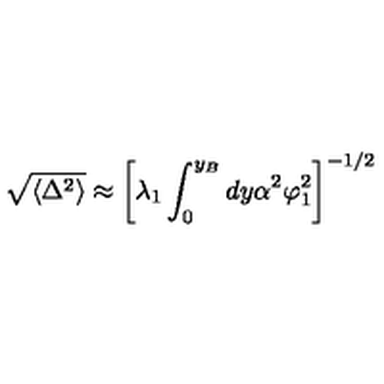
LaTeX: \sqrt { \langle \Delta ^ { 2 } \rangle } \approx \left[ \lambda _ { 1 } \int _ { 0 } ^ { y _ { B } } d y \alpha ^ { 2 } \varphi _ { 1 } ^ { 2 } \right] ^ { - 1 / 2 }